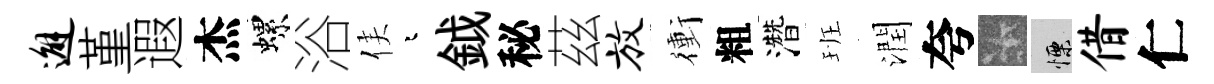
邂堇遐杰螺浴侯迢鉞秘茲放衝粗濳班潤夸卡慄借仁